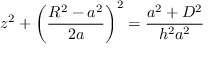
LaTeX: z ^ { 2 } + \bigg ( \frac { R ^ { 2 } - a ^ { 2 } } { 2 a } \bigg ) ^ { 2 } = \frac { a ^ { 2 } + D ^ { 2 } } { h ^ { 2 } a ^ { 2 } }